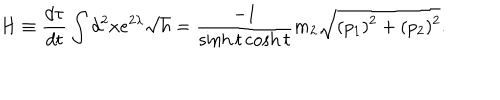
H \equiv \frac { d \tau } { d t } \int d ^ { 2 } x e ^ { 2 \lambda } \sqrt { h } = \frac { - 1 } { \sinh t \cosh t } m _ { 2 } \sqrt { ( p _ { 1 } ) ^ { 2 } + ( p _ { 2 } ) ^ { 2 } } .